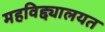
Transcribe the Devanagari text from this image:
महविद्द्यालयत